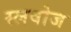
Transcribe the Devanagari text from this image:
स्लवोज